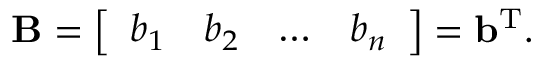
\mathbf { B } = { \left[ \begin{array} { l l l l } { b _ { 1 } } & { b _ { 2 } } & { \ldots } & { b _ { n } } \end{array} \right] } = \mathbf { b } ^ { \mathrm { { T } } } .